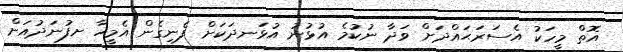
އޮތް މީހަކު އެސަރަޙައްދަށް ވަދާ ނުކުމެ އުޅުނު އުޅަނދަކަށް ފެނިގެން އެމީހާ ށފުނަދުއަށް